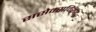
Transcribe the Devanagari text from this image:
ससेक्सविरूद्ध